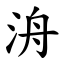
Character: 洀